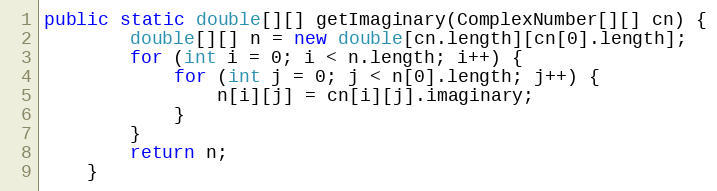
Language: Java
public static double[][] getImaginary(ComplexNumber[][] cn) {
        double[][] n = new double[cn.length][cn[0].length];
        for (int i = 0; i < n.length; i++) {
            for (int j = 0; j < n[0].length; j++) {
                n[i][j] = cn[i][j].imaginary;
            }
        }
        return n;
    }